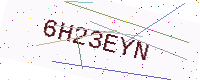
Text: 6H23EYN